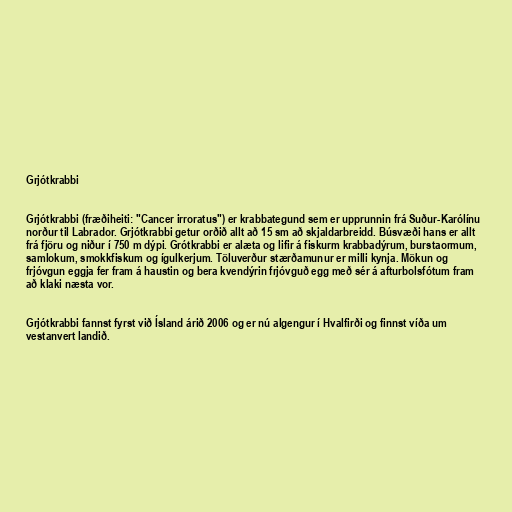
Grjótkrabbi

Grjótkrabbi (fræðiheiti: "Cancer irroratus") er krabbategund sem er upprunnin frá Suður-Karólínu
norður til Labrador. Grjótkrabbi getur orðið allt að 15 sm að skjaldarbreidd. Búsvæði hans er allt
frá fjöru og niður í 750 m dýpi. Grótkrabbi er alæta og lifir á fiskurm krabbadýrum, burstaormum,
samlokum, smokkfiskum og ígulkerjum. Töluverður stærðamunur er milli kynja. Mökun og
frjóvgun eggja fer fram á haustin og bera kvendýrin frjóvguð egg með sér á afturbolsfótum fram
að klaki næsta vor.

Grjótkrabbi fannst fyrst við Ísland árið 2006 og er nú algengur í Hvalfirði og finnst víða um
vestanvert landið.